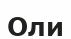
Оли